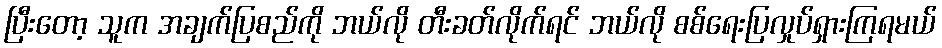
ပြီးတော့ သူက အချက်ပြစည်ကို ဘယ်လို တီးခတ်လိုက်ရင် ဘယ်လို စစ်ရေးပြလှုပ်ရှားကြရမယ်